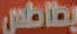
بطاطس